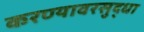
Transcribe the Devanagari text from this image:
करण्यावरसुद्धा